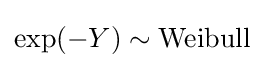
\exp(-Y)\sim \mathrm {Weibull}